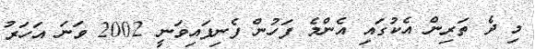
މި ދެ ތަރިން އެކުގައި އެންމެ ފަހުން ފެނިފައިވަނީ 2002 ވަނަ އަހަރު